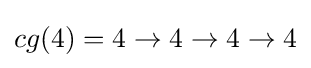
cg(4)=4\to 4\to 4\to 4